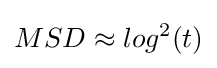
MSD\approx log^{2}(t)